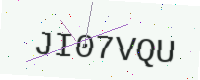
Text: JI07VQU